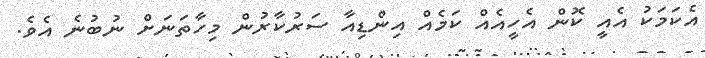
އެކަމަކު އެއީ ކޮން އެހީއެއް ކަމެއް އިންޑިއާ ސަރުކާރުން މިހާތަނަށް ނުބުނެ އެވެ.